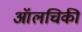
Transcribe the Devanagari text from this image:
ऑलचिकी